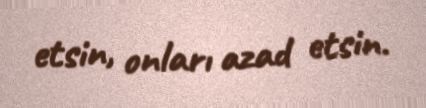
etsin, onları azad etsin.